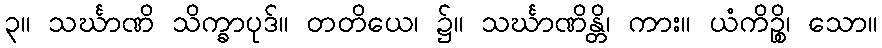
၃။ သင်္ဃာဏိ သိက္ခာပုဒ်။ တတိယေ၊ ၌။ သင်္ဃာဏိန္တိ၊ ကား။ ယံကိဉ္စိ၊ သော။